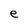
Character: e